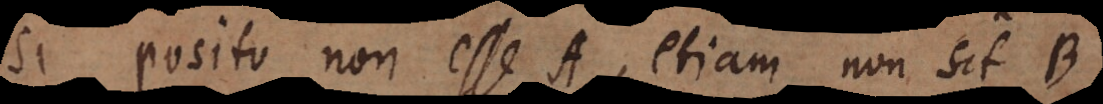
Si posito non esse A, etiam non sit B,